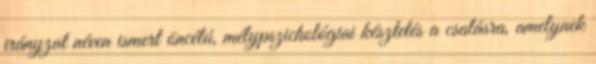
irányzat néven ismert öncélú, mélypszichológiai késztetés a csalásra, amelynek